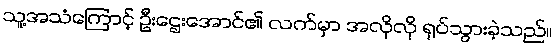
သူ့အသံကြောင့် ဦးဌေးအောင်၏ လက်မှာ အလိုလို ရုပ်သွားခဲ့သည်။